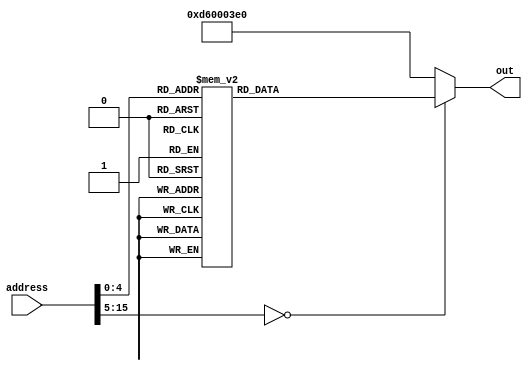
module rom_case(out, address);
	output reg [31:0] out;
	input  [15:0] address; // address- 16 deep memory
	always @(address) begin
		case (address)
			16'h0000:  out = 32'b11010010100000000000000011001011; // MOVZ X11, 6
			16'h0001:  out = 32'b11010010100000000000000000100001; // MOVZ X1, 1
			16'h0002:  out = 32'b11010010100000000000000000100001; // MOVZ X1, 1
			16'h0003:  out = 32'b11010010100000000000000001000010; // MOVZ X2, 2
			16'h0004:  out = 32'b10001011000000100000000000100100; // ADD X4, X1, X2
			16'h0005:  out = 32'b11111000000000010000001111100100; // STUR X4, [XZR, 16]
			16'h0006:  out = 32'b11111000010000010000001111100101; // LDUR X5, [XZR, 16]
			16'h0007:  out = 32'b10010100000000000000000000001010; // BL 10
			16'h0008:  out = 32'b10110101000000000000000000100010; // CBNZ X2, 1
			16'h0009:  out = 32'b00010100000000000000000000000001; // B 1
			16'h000a:  out = 32'b00010111111111111111111111111001; // B -7
			16'h000b:  out = 32'b10110100000000000000000001100001; // CBZ X1, 3
			16'h000c:  out = 32'b11101011000000100000000000111111; // SUBS XZR, X1, X2
			16'h000d:  out = 32'b01010100000000000000000000100011; // B.LO 1
			16'h000e:  out = 32'b11111000000000001000001111100001; // STUR X1, [XZR, 8]
			16'h000f:  out = 32'b11111000010000001000001111100110; // LDUR X6, [XZR, 8]
			16'h0010:  out = 32'b11010010000000000000010011100111; // EORI X7, X7, 1
			16'h0011:  out = 32'b00010111111111111111111111111110; // B -2
			16'h0012:  out = 32'b10010001000000000000100000100001; // ADDI X1, X1, 2
			16'h0013:  out = 32'b11010001000000000000010001000010; // SUBI X2, X2, 1
			16'h0014:  out = 32'b11010110000000000000001111000000; // BR X30
			default: out=32'hD60003E0; //BR XZR
		endcase
	end
endmodule